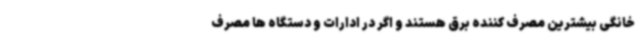
خانگی بیشترین مصرف کننده برق هستند و اگر در ادارات و دستگاه ها مصرف